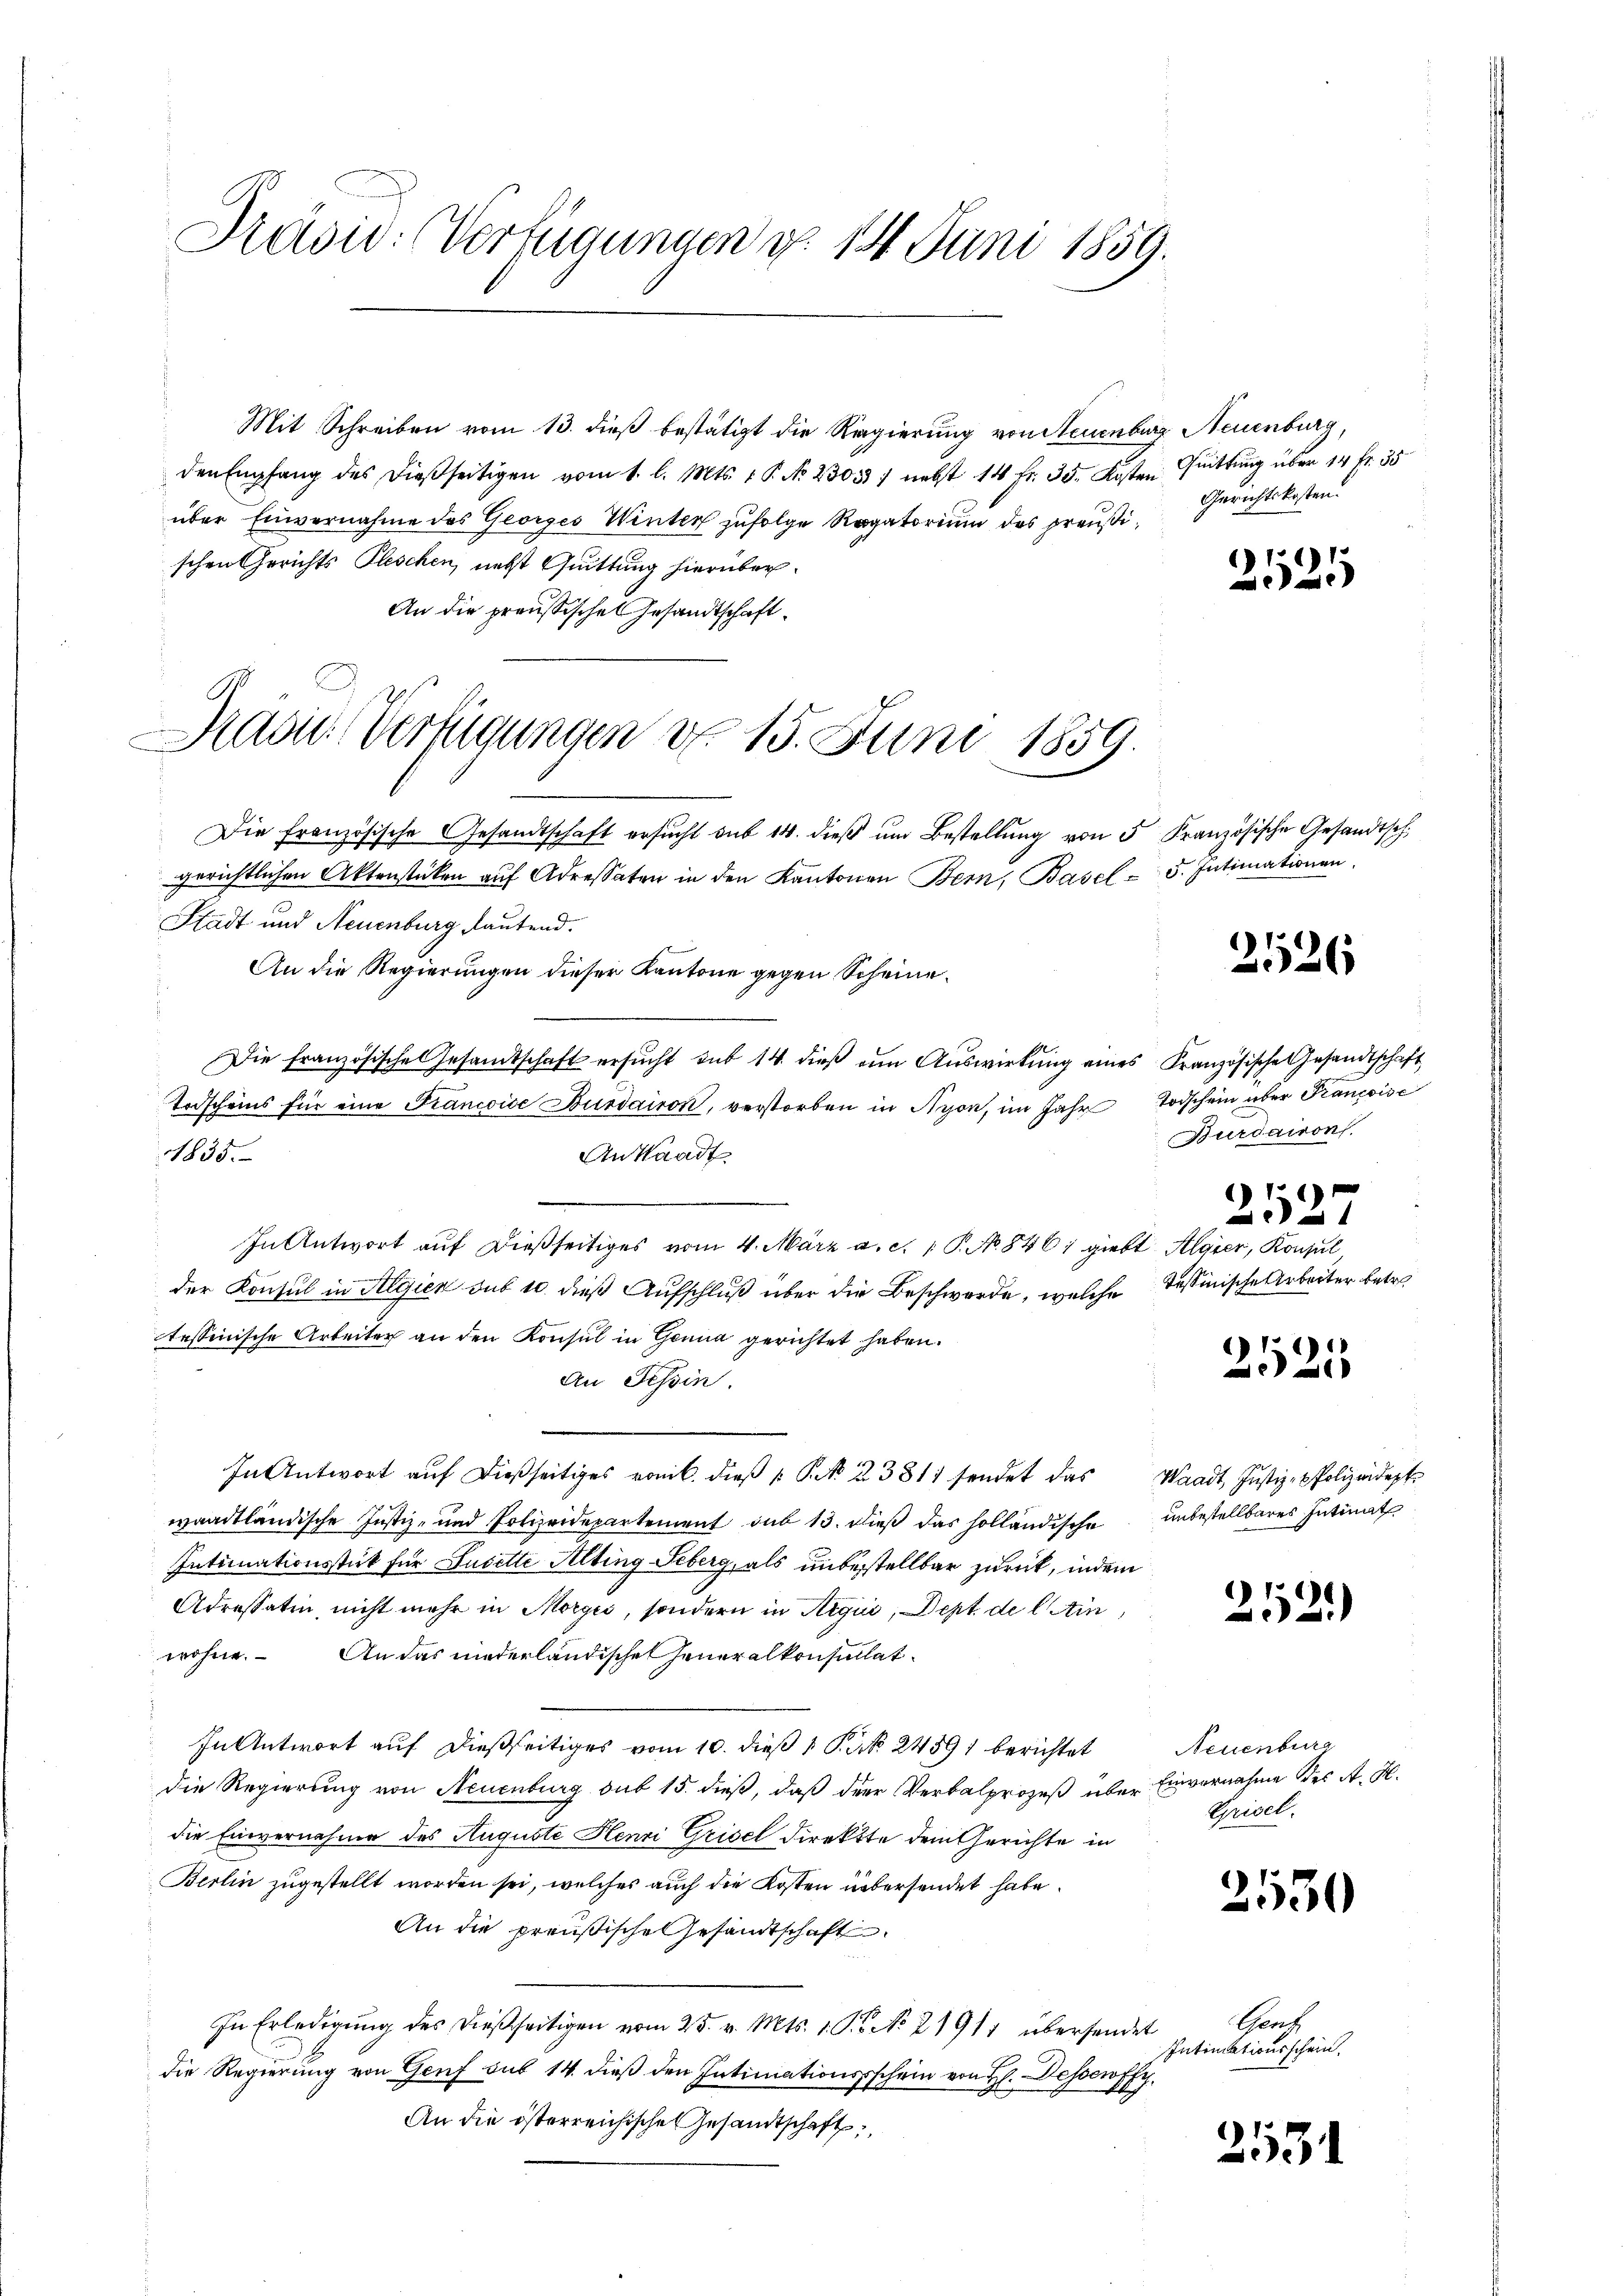
Präsid: Verfügungen d. 14. Juni 1859.

Kasie-Verfügungen d. 15. Juni 1859.

Mit Schreiben vom 13. dieß bestätigt die Regierung von Neuenburg Neuenburg,
den Empfang des dießseitigen vom 1. l. Mts. 1 P. No. 2305) nebst 14 fr. 35. Kosten Quittung über 14 fr. 35
über Einvernahme des Georges Winter zufolge Rogatorium des preußischen Gerichts Pleschen, nebst Quittung hierüber
An die preußischen Gesandtschaft.
Die französische Gesandtschaft ersucht sub 14. dieß um Bestellung von 5
gerichtlichen Aktenstücken auf Adressaten in den Kantonen Bern, Basel-
Stadt und Neuenburg lautend.
An die Regierungen dieser Kantone gegen Scheine
Die Französische Gesamtschaft ersucht sub 14. dieß an Auswirkung eines Französische Gesandtschaft
Todscheins für eine Francice Bussairon, verstorben in Nyon, im Jahr
1835.
Ansaadt.
In Antwort auf dießseitiges vom 4. März a. c. 1 P. No. 846, giebt Algier, Konsul
der Konsul in Algien sub 10 dieß Aufschluß über die Beschwerde, welche
tessinische Arbeiter an den Konsul in Genua gerichtet haben.
An Tessin.
In Antwort auf dießseitiges vom 6. dieß P. 23817 sendet das
waadtländische Justiz- und Polizeidepartement sub 13. dieß das holländische
Intimationsstück für Juselli Alting Seberg, als unbestellbar zurück, indem
Adressatin, nicht mehr in Morges, sondern in Argii, Dept. de l Ain
wohne. An das niederländischen Generalkonsultat
In Antwort auf dießseitiges vom 10. dieß 1 P. d. 2459) berichtet
die Regierung von Neuenburg sub 15. dieß, daß der Verbalprozeß über Einvernahme des A. H.
die Einvernahme des Auguste Henri Grisel direkte dem Gerichte in
Berlin zugestellt worden sei, welches auch die Kosten übersendet habe.
An die preußische Gesandtschaft
In Erledigung des dießseitigen vom 25. v. Mts. 1. So No 21911 übersendet
die Regierung von Genf sub 14. dieß den Intimationsschein von H. Dessewff
An die österreichische Gesandtschaft

Gerichtskosten.

1612
e

Kranzösische Gesandtsch.
5. Intimationen.

2526

Todschein über Krancoisc
Durdairon
)
327
Tessinische Arbeiter betr.

2525

Waadt, Justiz- & Polizeidept
unbestellbares Intimat

2521)

Neuenburg
Grisel.

2530

Gent
Intimationsschein.
.

2531